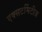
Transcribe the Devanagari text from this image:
एक्सटर्मिटीज